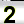
Digit: 2